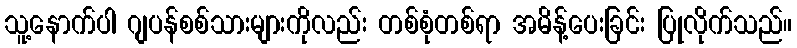
သူ့နောက်ပါ ဂျပန်စစ်သားများကိုလည်း တစ်စုံတစ်ရာ အမိန့်ပေးခြင်း ပြုလိုက်သည်။